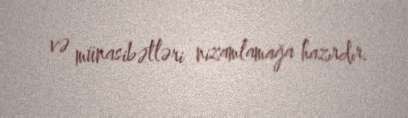
və münasibətləri nizamlamağa hazırdır.